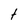
Character: t